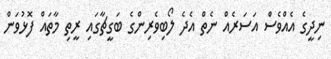
ނިދީގެ އެއްވެސް އަސަރެއް ނެތް އެދެ ލޯބިވެރިންގެ ބަގީޗާގައި ރީތި މާތައް ފޮޅުވަން